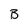
Character: B